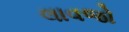
લાવજો